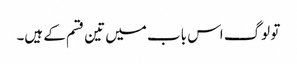
تو لوگ اس باب میں تین قسم کے ہیں۔